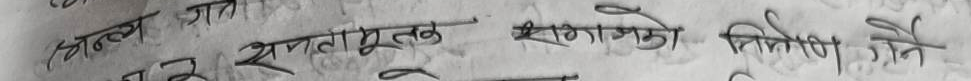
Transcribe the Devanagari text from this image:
अल्प ज्ञात समतामूलक समाजको निर्माण गर्ने